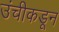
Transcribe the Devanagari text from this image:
उंचीकडून